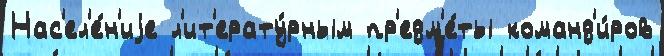
Нас'ел'е́н'иjе л'ит'ерату́рным пр'едм'е́ты команд'и́ров